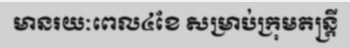
មានរយៈពេល៤ខែ សម្រាប់ក្រុមតន្ត្រី